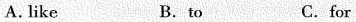
A. like B. to C.for